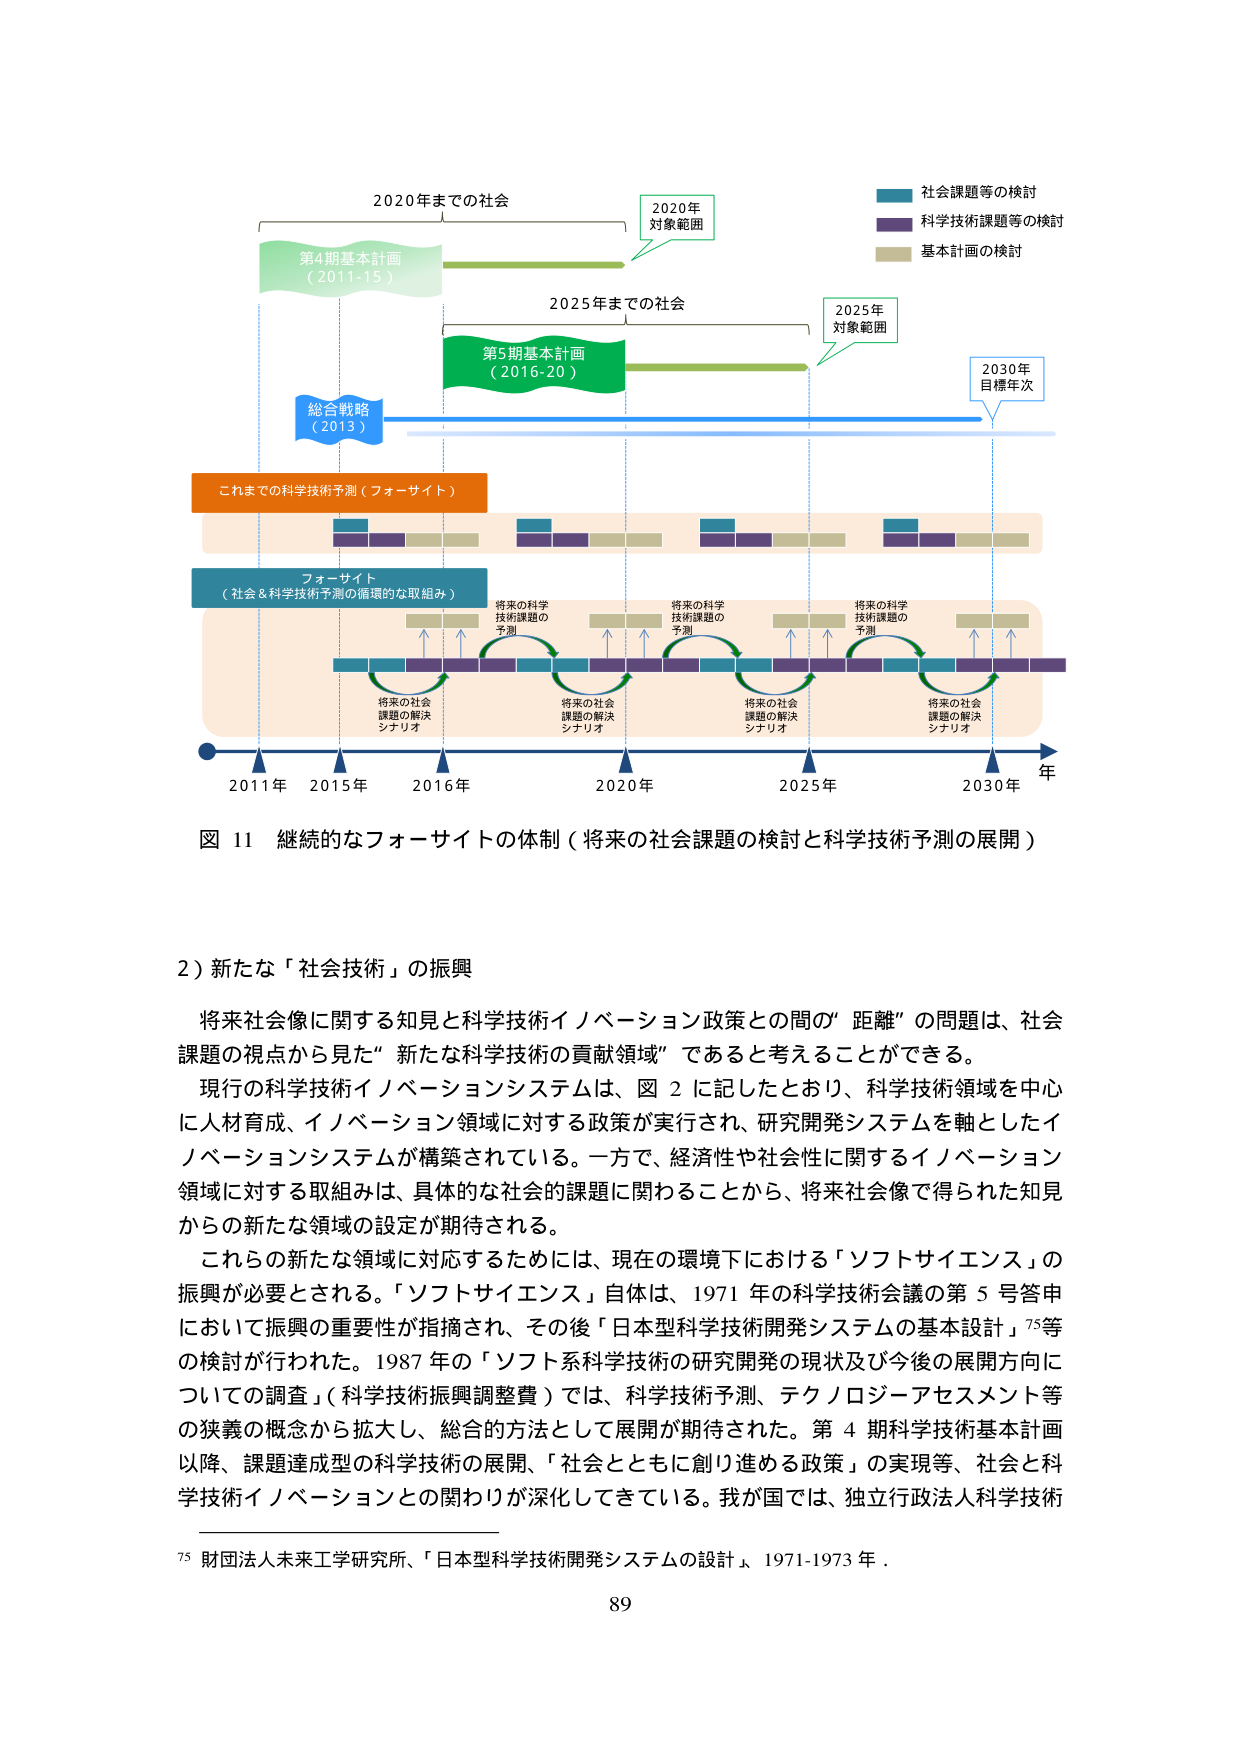
2020年までの社会
第4期基本計画
（2011-15）
2020年
対象範囲
社会課題等の検討
科学技術課題等の検討
基本計画の検討
2025年までの社会
第5期基本計画
（2016-20）
2025年
対象範囲
2030年
目標年次
総合戦略
（2013）
これまでの科学技術予測（フォーサイト）
フォーサイト
（社会＆科学技術予測の循環的な取組み）
将来の科学
技術課題の
予測
将来の科学
技術課題の
予測
将来の科学
技術課題の
予測
将来の科学
技術課題の
予測
将来の社会
課題の解決
シナリオ
将来の社会
課題の解決
シナリオ
将来の社会
課題の解決
シナリオ
将来の社会
課題の解決
シナリオ
2011年 2015年 2016年 2020年 2025年 2030年 年
図 11 継続的なフォーサイトの体制（将来の社会課題の検討と科学技術予測の展開）

2）新たな「社会技術」の振興
将来社会像に関する知見と科学技術イノベーション政策との間の“距離”の問題は、社会課題の視点から見た“新たな科学技術の貢献領域”であると考えることができる。
現行の科学技術イノベーションシステムは、図 2 に記したとおり、科学技術領域を中心に人材育成、イノベーション領域に対する政策が実行され、研究開発システムを軸としたイノベーションシステムが構築されている。一方で、経済性や社会性に関するイノベーション領域に対する取組みは、具体的な社会的課題に関わることから、将来社会像で得られた知見からの新たな領域の設定が期待される。
これらの新たな領域に対応するためには、現在の環境下における「ソフトサイエンス」の振興が必要とされる。「ソフトサイエンス」自体は、1971年の科学技術会議の第5号答申において振興の重要性が指摘され、その後「日本型科学技術開発システムの基本設計」75等の検討が行われた。1987年の「ソフト系科学技術の研究開発の現状及び今後の展開方向についての調査」（科学技術振興調整費）では、科学技術予測、テクノロジーアセスメント等の狭義の概念から拡大し、総合的方法として展開が期待された。第4期科学技術基本計画以降、課題達成型の科学技術の展開、「社会とともに創り進める政策」の実現等、社会と科学技術イノベーションとの関わりが深化してきている。我が国では、独立行政法人科学技術

75 財団法人未来工学研究所、「日本型科学技術開発システムの設計」、1971-1973年。
89